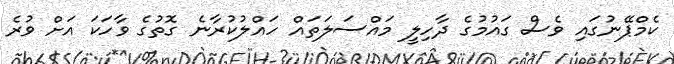
ކެމްޕޭނުގައި ވެސް ގައުމުގެ ދާހިލީ މައްސަލަތައް ހައްލުކުރާނެ ގޮތުގެ ވާހަކަ އަށް ވުރެ